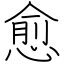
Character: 愈